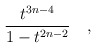
\begin{align*}\frac{t^{3n-4}}{1-t^{2n-2}}\quad,\end{align*}